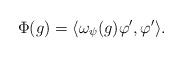
LaTeX: \begin{align*} \Phi(g) = \langle \omega_\psi(g) \varphi', \varphi' \rangle.\end{align*}